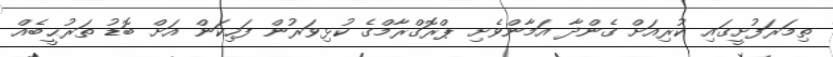
ތިމަރަފުށީގައި ކުރިއަށް ގެންދާ އަމާންވެށި ޕްރޮގްރާމްގެ ކުޅިވަރުން ފަހިކަން އަށް ބޮޑު ތަރުޙީބެއް